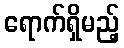
ရောက်ရှိမည့်